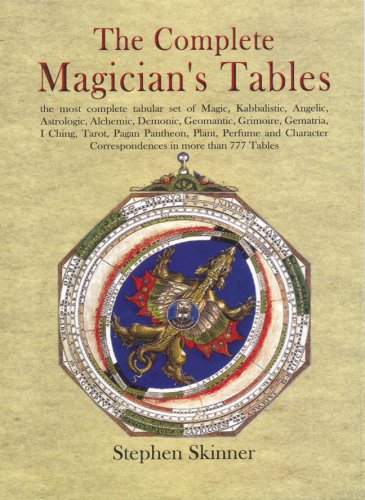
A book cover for The Complete Magician's Tables; Stephen Skinner; Reference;